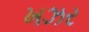
ખઝર